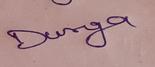
Signature authenticity: genuine